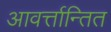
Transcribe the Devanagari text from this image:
आवर्त्तान्तित